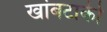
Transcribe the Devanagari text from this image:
खांबटाकी